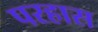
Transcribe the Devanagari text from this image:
परहास